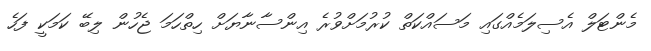
މެންޓަލް އެސިލަމެއްގައި މަސައްކަތް ކުރުމަށްވުރެ އިންސާނާޔަށް ހިތްހަމަ ޖެހުން ލިބޭ ކަމަކީ ފަހެ